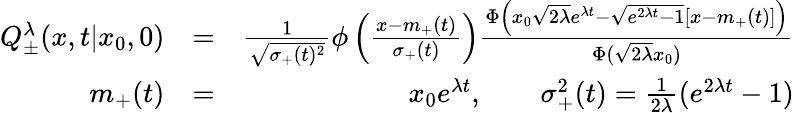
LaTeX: \begin{array}{rlr}{Q_{\pm}^{\lambda}(x,t|x_{0},0)}&{=}&{\frac{1}{\sqrt{\sigma_{+}(t)^{2}}}\phi\left({\frac{x-m_{+}(t)}{\sigma_{+}(t)}}\right)\frac{\Phi\left(x_{0}\sqrt{2\lambda}e^{\lambda t}-\sqrt{e^{2\lambda t}-1}{[x-m_{+}(t)]}\right)}{\Phi(\sqrt{2\lambda}x_{0})}}\\ {m_{+}(t)}&{=}&{x_{0}e^{\lambda t},\qquad\sigma_{+}^{2}(t)=\frac{1}{2\lambda}(e^{2\lambda t}-1)}\end{array}